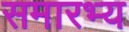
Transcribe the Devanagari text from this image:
समारभ्य